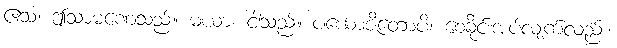
ဧသ၊ ဤသာမဏေသည်။ မယာ၊ ငါသည်။ ပယောဇိတောပိ၊ စေခိုင်းအပ်လျက်လည်း။